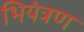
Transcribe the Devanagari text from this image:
भियंत्रण